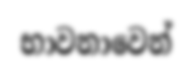
භාවනාවෙන්